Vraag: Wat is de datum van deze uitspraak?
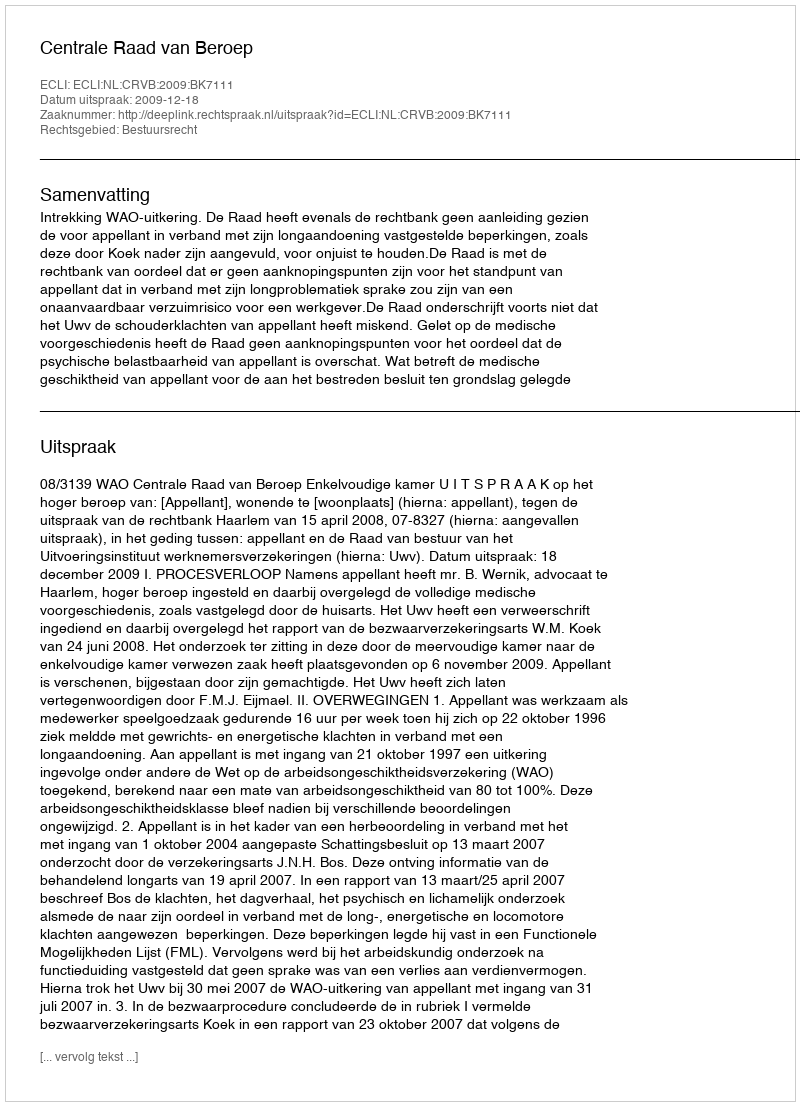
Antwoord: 2009-12-18